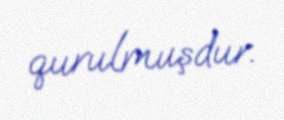
qurulmuşdur.